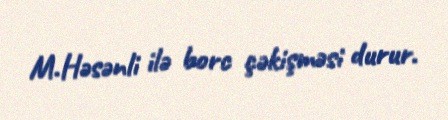
M.Həsənli ilə borc çəkişməsi durur.